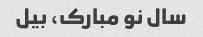
سال نو مبارک، بیل